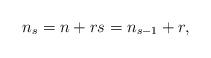
LaTeX: \begin{align*}n_{s}=n+rs=n_{s-1}+r,\end{align*}